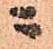
ニ